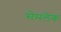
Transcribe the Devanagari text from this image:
सेमलेक